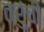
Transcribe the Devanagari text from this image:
तरुंची